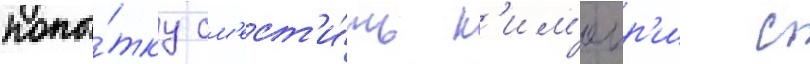
попы́тку см'ест'и́ть н'им'еир'и с